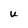
Character: U